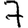
Digit: 7